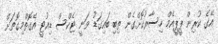
އޭގެ ކުރިން ޕީޕީއެމް ހިސާރުކޮށްގެން ތިބި ބައިގަޑު ވަނީ ޓެކްސް ޑިއުޓީ އެގޮތްމިގޮތަށް